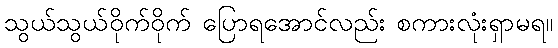
သွယ်သွယ်ဝိုက်ဝိုက် ပြောရအောင်လည်း စကားလုံးရှာမရ။